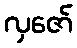
လှဇော်